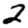
Digit: 2